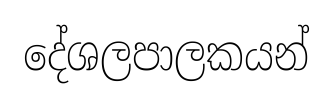
දේශලපාලකයන්